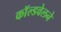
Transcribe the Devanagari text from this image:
काॅल्डवेलने